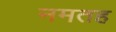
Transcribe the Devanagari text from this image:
नमतह